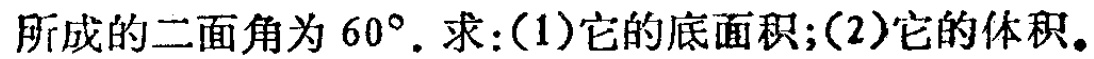
所成的二面角为 \(60^{\circ}\). 求:(1)它的底面积;(2)它的体积。